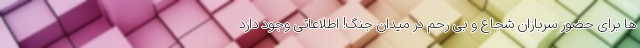
ها برای حضور سربازان شجاع و بی رحم در میدان جنگ! اطلاعاتی وجود دارد